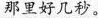
那里好几秒。